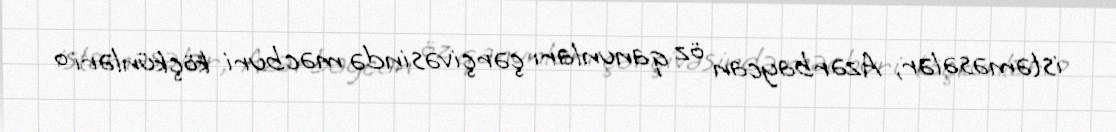
istəməsələr, Azərbaycan öz qanunları çərçivəsində məcburi köçkünləri o